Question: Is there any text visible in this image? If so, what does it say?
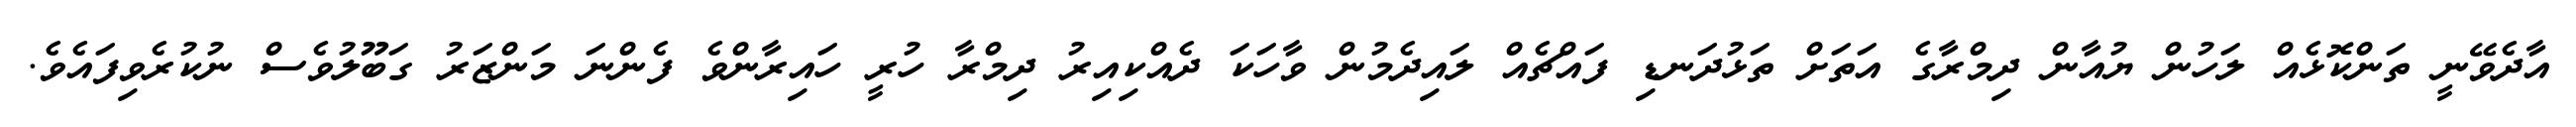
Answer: އާދެވޭނީ ތަންކޮޅެއް ލަހުން ޔުއާން ދިމްރާގެ އަތަށް ތަޅުދަނޑި ފައްޗެއް ލައިދެމުން ވާހަކަ ދެއްކިއިރު ދިމްރާ ހުރީ ހައިރާންވެ ފެންނަ މަންޒަރު ގަބޫލުވެސް ނުކުރެވިފައެވެ.